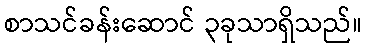
စာသင်ခန်းဆောင် ၃ခုသာရှိသည်။